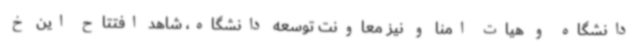
دانشگاه و هیات امنا و نیز معاونت توسعه دانشگاه، شاهد افتتاح این خ